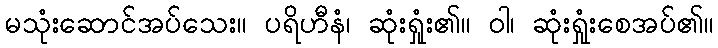
မသုံးဆောင်အပ်သေး။ ပရိဟီနံ၊ ဆုံးရှုံး၏။ ဝါ၊ ဆုံးရှုံးစေအပ်၏။